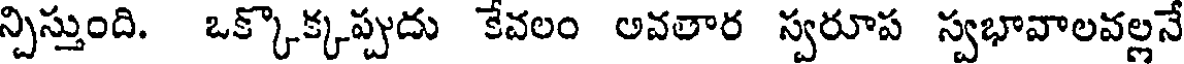
న్చిస్తుంది. ఒక్కొక్కప్పుదు కేవలం అవతార స్వరూప స్వభావాలవల్లనే